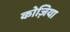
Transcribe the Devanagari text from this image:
कोज़िया